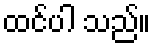
ထင်ပါ သည်။